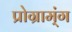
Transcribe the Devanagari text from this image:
प्रोग्राम्ंग